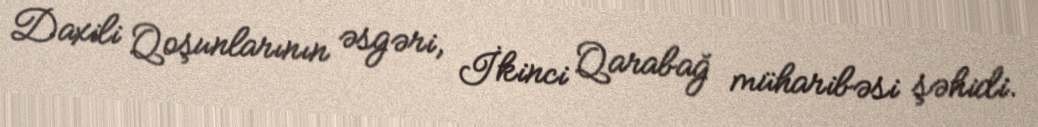
Daxili Qoşunlarının əsgəri, İkinci Qarabağ müharibəsi şəhidi.